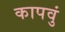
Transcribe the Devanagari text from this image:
कापवुं